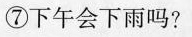
⑦下午会下雨吗？